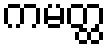
ကမတ္ထ